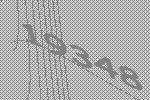
19348